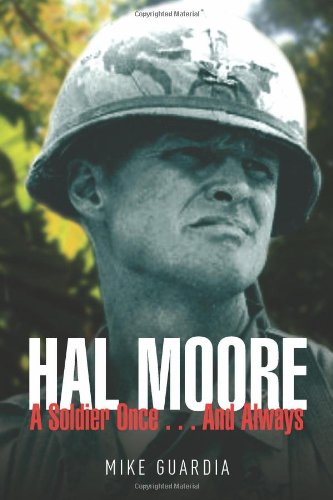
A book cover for Hal Moore: A Soldier Once...and Always; Mike Guardia; History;